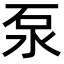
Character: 泵